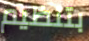
بتنظيم